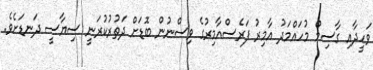
ވަހީދާއި ގާސިމް މުހައްމަދު އާމިރު ފަރެސްއާމިރުގެ ވިސްނުން ބޮޑަށް ދަތުރުކުރަނީ ސިޔާސީ ދަނޑަށެވެ.